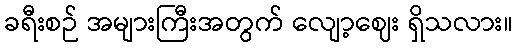
ခရီးစဉ် အများကြီးအတွက် လျော့ဈေး ရှိသလား။